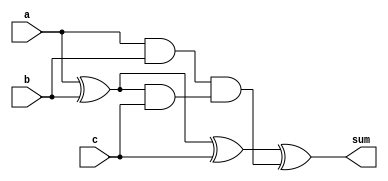
module carry_save_adder(
    input wire [7:0] a,
    input wire [7:0] b,
    input wire [7:0] c,
    output wire [7:0] sum
);

reg [7:0] partial_sum1, partial_sum2, partial_sum3;
reg [7:0] carry1, carry2, carry3;

assign partial_sum1 = a ^ b;
assign carry1 = a & b;

assign partial_sum2 = partial_sum1 ^ c;
assign carry2 = partial_sum1 & c;

assign sum = partial_sum2 ^ (carry1 & carry2);

endmodule